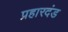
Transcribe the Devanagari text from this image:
प्रहारदंड